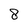
Character: 8